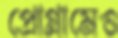
প্রোগ্রামেও